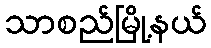
သာစည်မြို့နယ်